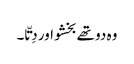
وہ دو تھے بخشو اور دِتّا ۔